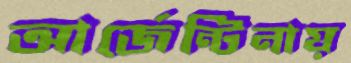
আর্জেন্টিনায়